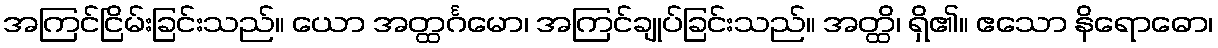
အကြင်ငြိမ်းခြင်းသည်။ ယော အတ္ထင်္ဂမော၊ အကြင်ချုပ်ခြင်းသည်။ အတ္ထိ၊ ရှိ၏။ ဧသော နိရောဓော၊